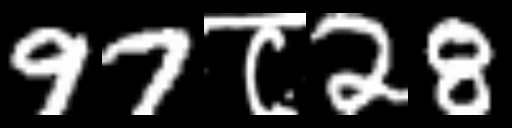
Text: 97८28